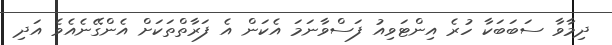
ދިމާވާ ސަބަބަކާ ހުރެ އިންޓަވިއު ފަސްވާނަމަ އެކަން އެ ފަރާތްތަކަށް އެންގޭނެއެވެ އަދި